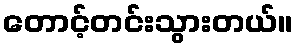
တောင့်တင်းသွားတယ်။